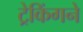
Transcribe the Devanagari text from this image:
ट्रेकिंगने